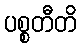
ပစ္စတီတိ